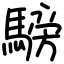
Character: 騯